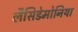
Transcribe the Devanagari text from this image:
लैसिडेमोनिया